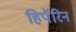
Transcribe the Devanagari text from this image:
हिपॅरिन